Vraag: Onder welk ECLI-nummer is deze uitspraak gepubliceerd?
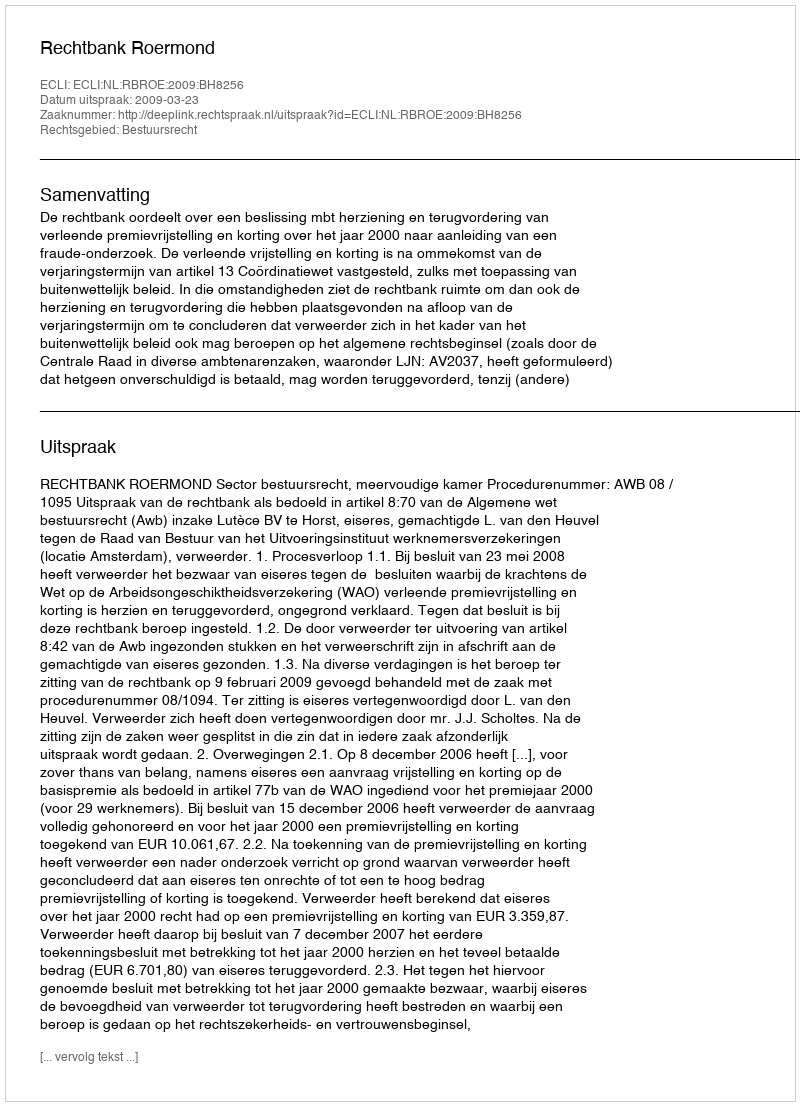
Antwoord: ECLI:NL:RBROE:2009:BH8256